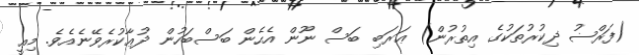
(ފަރްޟު ޛިކުރުތަކުގެ އިތުރުން) ޢަރަބި ބަސް ނޫން އެހެން ބަސްބަހުން ދުޢާކުރެވޭނެއެވެ. މިއީ